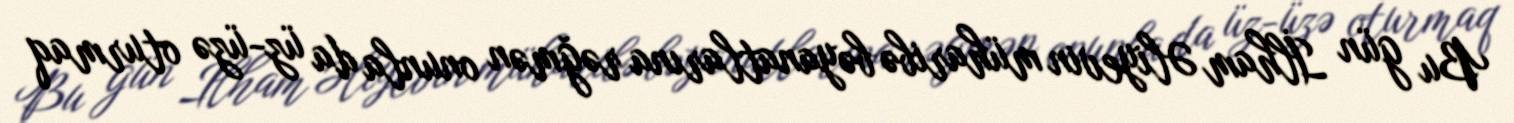
Bu gün İlham Əliyevin müharibə bəyanatlarına rəğmən onunla da üz-üzə oturmaq